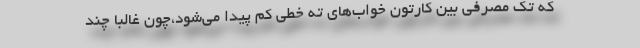
که تک مصرفی بین کارتون خواب‌های ته خطی کم پیدا می‌شود،چون غالباً چند